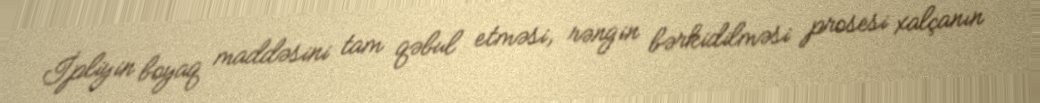
İpliyin boyaq maddəsini tam qəbul etməsi, rəngin bərkidilməsi prosesi xalçanın